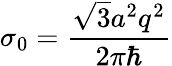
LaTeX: \sigma_{0}=\frac{\sqrt{3}a^{2}q^{2}}{2\pi\hbar}